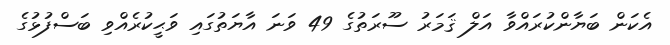
އެކަން ބަޔާންކުރައްވާ އަލް ޤަމަރު ސޫރަތުގެ 49 ވަނަ އާޔަތުގައި ވަޙީކުރެއްވި ބަސްފުޅުގެ